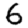
Digit: 6